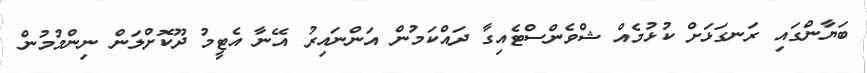
ބަޔާންގައި ރަނގަޅަށް ކުޅުމެއް ޝްވެންސްޓެއިގާ ދައްކަމުން އަންނައިރު އޭނާ އެޓީމު ދޫކޮށްލަން ނިންމުމުން